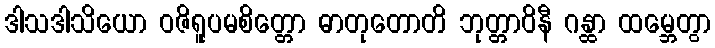
ဒါသဒါသိယော ဝဇိရူပမစိတ္တော ဓာတုတောတိ ဘုတ္တာဝိနီ ဂန္ထာ ထမ္ဘေတွာ